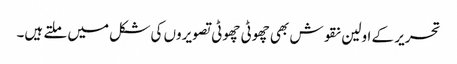
تحریر کے اولین نقوش بھی چھوٹی چھوٹی تصویروں کی شکل میں ملتے ہیں۔